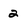
Character: 2